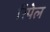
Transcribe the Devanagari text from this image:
रिपेल